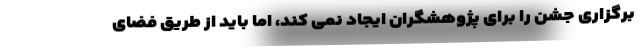
برگزاری جشن را برای پژوهشگران ایجاد نمی کند، اما باید از طریق فضای